Vital statistics of India. Vol. IV, Annual returns from 1871 to 1876. British Army of India, Native Army and jails of Bengal
Year: 1871
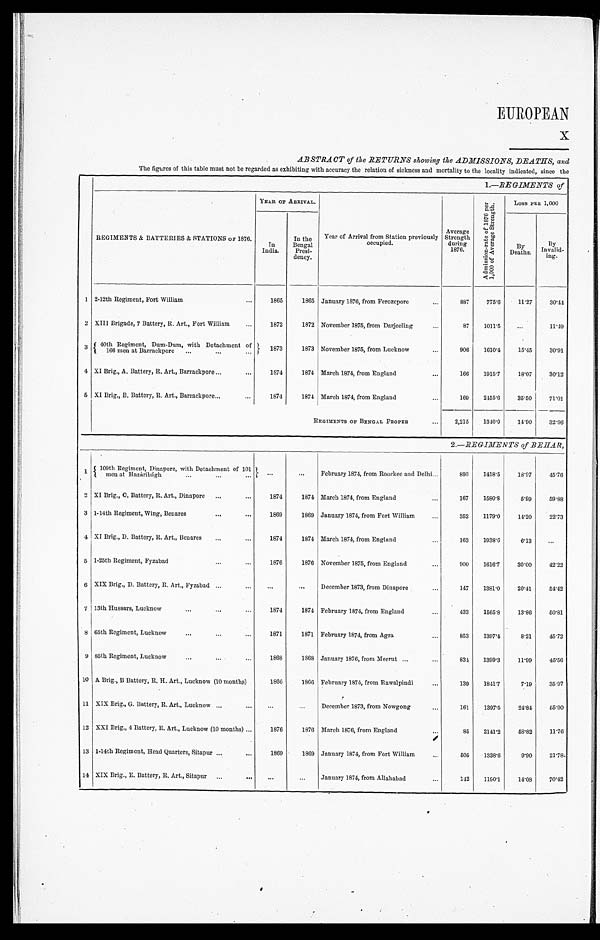
EUROPEAN
x
ABSTRACT of the RETURNS showing the ADMISSIONS, DEATHS, and
The figures of this table must not be regarded as exhibiting with accuracy the relation of sickness and mortality to the locality indicated, since the
1.—REGIMENTS of
REGIMENTS & BATTERIES & STATIONS OF 1876.
YEAR OF ARRIVAL.
•
Year of Arrival from Station previously
occupied.
Average
Strength
during.
1876.
A d m i s s i o n - r a t e o f 1 8 7 6 p e r 1 , 0 0 0 o f A v e r a g e S t r e n g t h .
Loss PER 1,000
In
India.
In the
Bengal
Presi-
dency.
BY
Deaths.
B y
Invalid-
i n g .
1 2-12th Regiment, Fort William
...
1865
1865 January 1876, from Ferozepore
. . .
887
775.6
11.27
30.44
2 XIII Brigade, 7 Battery, R. Art., Fort William
...
1872
1872 November 1875, from Darjeeling
...
87
1011.5
...
11.49
3
40th Regiment, Dum-Dum, with Detachment of
1873
1873 November 1875, from Lucknow
...
906
1610.4
15.45
30.91
1 6 6 m e n a t B a r r a c k p o r e
. . .
...
. . .
4. XI Brig., A. Battery, R. Art., Barrackpore ...
...
1874
1874 March 1874, from England
...
169 1915.7
18.07
30.12
5 XI Brig., B. Battery, R. Art., Barrackpore ...
...
1874
1874 March 1874, from England
. . .
169
2455.6
35.50
71.01
REGIMENTS OF BENGAL PROPER
...
2,215
1340.0
14.90
32.96
2.—REGIMENTS of BEHAR,
1 109th Regiment, Dinapore, with Detachment of 101
. . .
...
February 1874, from Roorkee and Delhi...
893
1418.5
18.97
45.76
men at Hazáribágh
. . .
...
. . .
2 XI Brig., C. Battery, R. Art., Dinapore ...
...
1874
1874 March 1874, from England
...
167
1580.8
5.99
59.88
3 1-14th Regiment, Wing, Benares
...
...
1869
1869 January 1874, from Fort William
...
352
1179.0
14.20
22.73
4 XI Brig., D. Battery, R. Art., Benares
...
...
1874
1874 March 1874, from England
...
163
1938.6
6.13
...
5 1-25th Regiment, Fyzabad
...
...
1876
1876 November 1875, from England
...
900
1616.7
30.00
42.22
6 XIX Brig., D. Battery, R. Art., Fyzabad ...
. . .
. . .
. . . December 1873, from Dinapore
...
147
1381.0
20.41
54.42
7 13th Hussars, Lucknow
...
...
...
1874
1874 February 1874, from England
...
433
1565.8
13.86
50.81
8 65th Regiment, Lucknow
...
...
...
1871
1871 February 1874, from Agra
...
853
1397.4
8.21
45.72
9 85th Regiment, Lucknow
...
....
...
1868
1868 January 1876, from Meerut ...
...
834 1399.3
11.99
45.56
10 A Brig., B Battery, R. H. Art., Lucknow (10 months)
1866
1866 February 1874, from Rawalpindi
...
139
1841'7
7'19
35.97
11 XIX Brig., G. Battery, R. Art., Lucknow ...
...
...
...
December 1873, from Nowgong
...
161
1397.5
24.84
5 5 . 9 0
12 XXI Brig., 4 Battery, R. Art., Lucknow (10 months) ...
1876
1876 March 1876, from England
. . .
85
2141'2
58.82
11'76
13 1-14th Regiment, Head Quarters, Sitapur ...
...
1869
1869 January 1874, from Fort William
. . .
505
1338.6
9.90
21.78.
14 XIX Brig., E. Battery, R. Art., Sitapur ...
...
. . .
...
January 1874, from Allahabad
. . .
112
1150.1
14.08
70.42